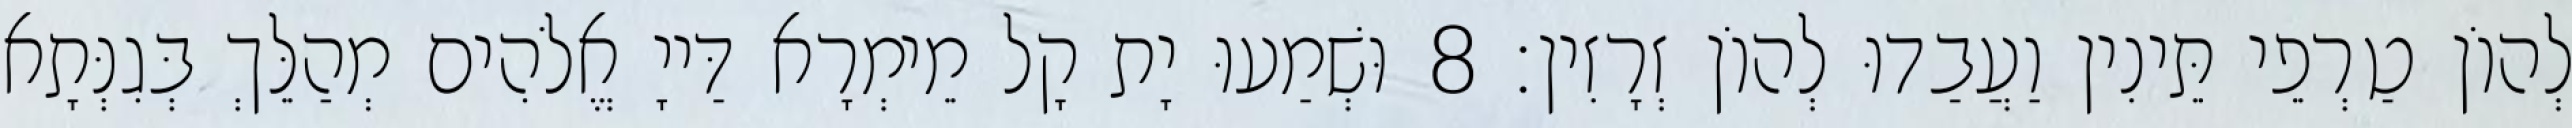
לְהוֹן טַרְפֵי תֵּינִין וַעֲבַדוּ לְהוֹן זְרָזִין׃ 8 וּשְׁמַעוּ יָת קָל מֵימְרָא דַּייָ אֱלֹהִים מְהַלֵּךְ בְּגִנְּתָא